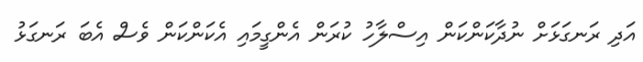
އަދި ރަނގަޅަށް ނުދާކަންކަން އިސްލާހު ކުރަން އެންގީމައި އެކަންކަން ވެސް އެބަ ރަނގަޅު